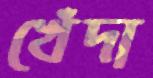
খেঁদা